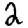
Digit: 2